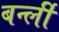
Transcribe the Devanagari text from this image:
बर्न्ली